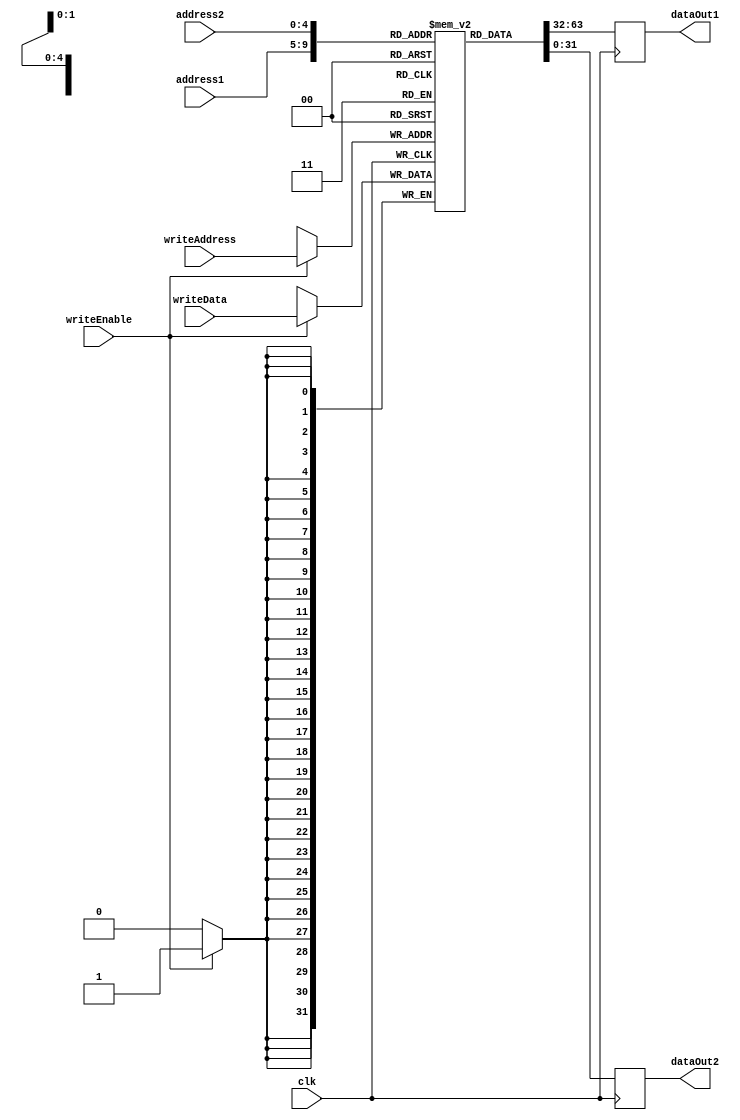
module RegisterFile(
    input wire clk,
    input wire [4:0] address1,
    input wire [4:0] address2,
    input wire [4:0] writeAddress,
    input wire [31:0] writeData,
    input wire writeEnable,
    output reg [31:0] dataOut1,
    output reg [31:0] dataOut2
);

reg [31:0] registers [31:0];

always @(posedge clk) begin
    if (writeEnable) begin
        registers[writeAddress] <= writeData;
    end
    dataOut1 <= registers[address1];
    dataOut2 <= registers[address2];
end

endmodule